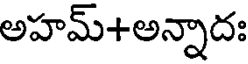
అహమ్+అన్నాదః